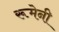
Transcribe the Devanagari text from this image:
रूमेनी